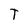
Character: T